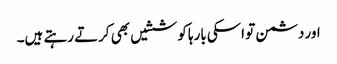
اور دشمن تو اسکی بارہا کوششیں بھی کرتے رہتے ہیں۔